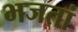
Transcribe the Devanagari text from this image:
भजतां